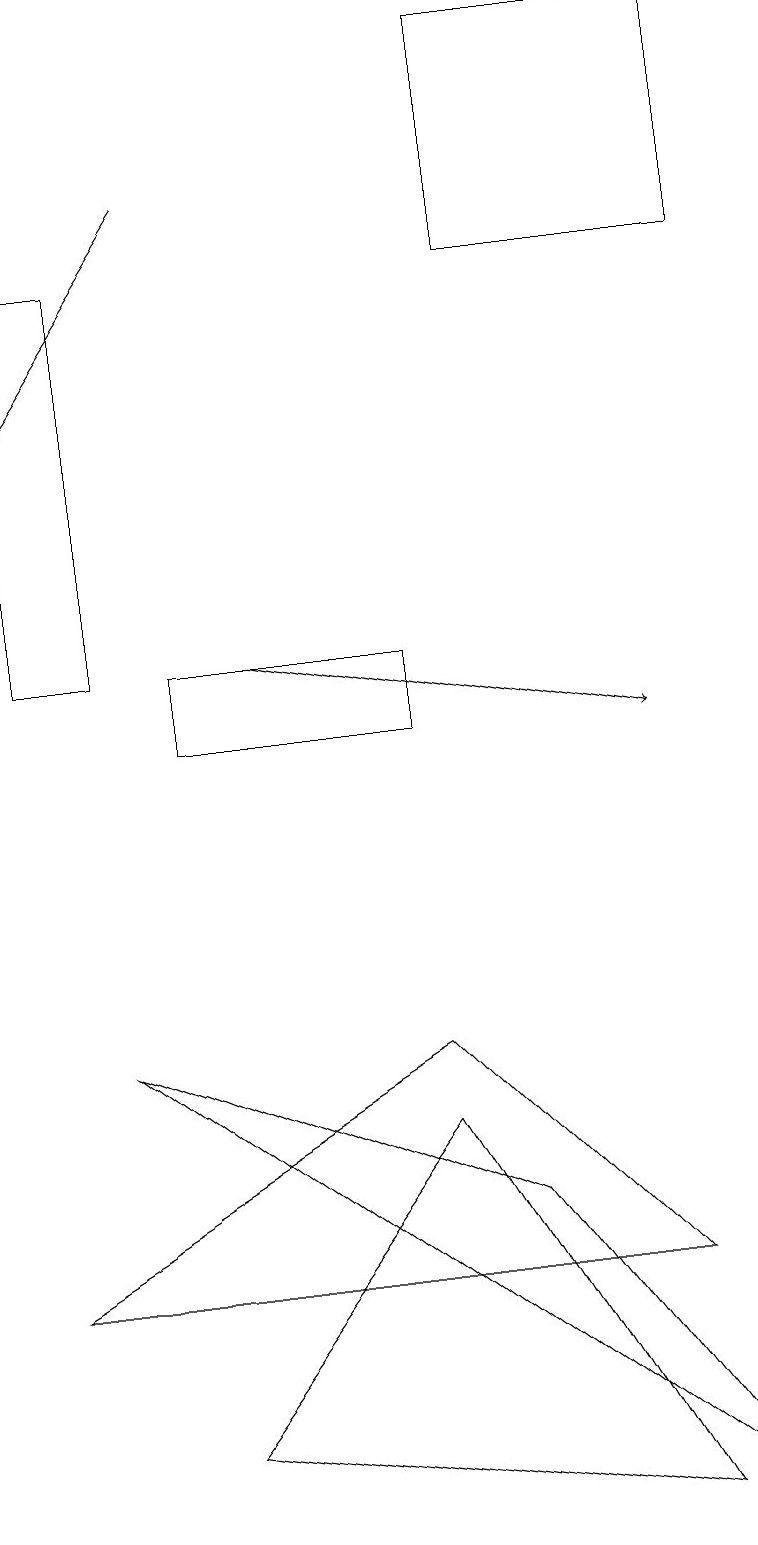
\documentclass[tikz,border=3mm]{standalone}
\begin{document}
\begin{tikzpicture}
\draw (9,0) -- (1,6) -- (6,4) -- cycle;
\draw (0,16) rectangle (1,11);
\draw[->] (3,11) -- (8,10);
\draw (5,5) -- (8,0) -- (2,1) -- cycle;
\draw (8,3) -- (5,6) -- (0,3) -- cycle;
\draw (2,10) rectangle (5,11);
\draw (6,16) rectangle (9,19);
\draw[->] (2,17) -- (0,14);
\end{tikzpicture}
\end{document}